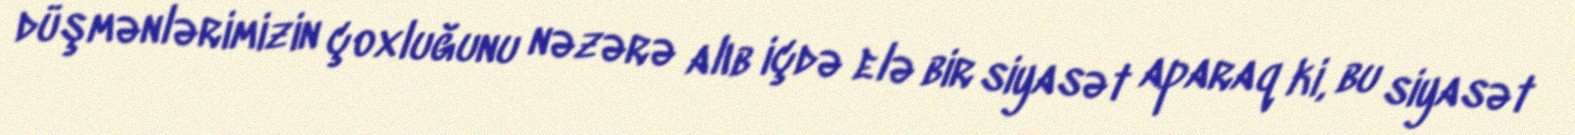
düşmənlərimizin çoxluğunu nəzərə alıb içdə elə bir siyasət aparaq ki, bu siyasət